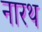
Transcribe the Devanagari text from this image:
नारथ